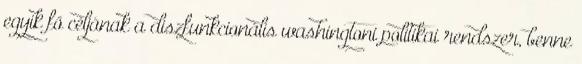
egyik fő céljának a diszfunkcionális washingtoni politikai rendszer, benne